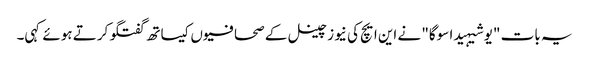
یہ بات "یوشیہیدا سوگا" نے این ایچ کی نیوز چینل کے صحافیوں کیساتھ گفتگو کرتے ہوئے کہی۔